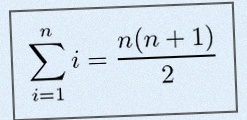
\sum_{i=1}^{n}i=\frac{n(n+1)}2